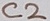
Text: C2